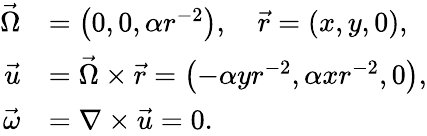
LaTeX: {\begin{array}{rl}{{\vec{\Omega}}}&{=\left(0,0,\alpha r^{-2}\right),\quad{\vec{r}}=(x,y,0),}\\ {{\vec{u}}}&{={\vec{\Omega}}\times{\vec{r}}=\left(-\alpha yr^{-2},\alpha xr^{-2},0\right),}\\ {{\vec{\omega}}}&{=\nabla\times{\vec{u}}=0.}\end{array}}